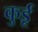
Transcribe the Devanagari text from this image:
कुर्डू